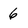
Character: 6